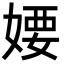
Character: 婹